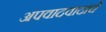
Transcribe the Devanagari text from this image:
अपवादवादाचे